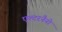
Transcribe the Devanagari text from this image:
एल्टरनैनो